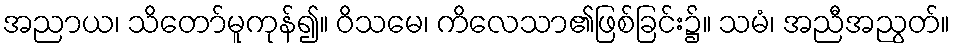
အညာယ၊ သိတော်မူကုန်၍။ ဝိသမေ၊ ကိလေသာ၏ဖြစ်ခြင်း၌။ သမံ၊ အညီအညွတ်။